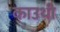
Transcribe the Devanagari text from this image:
काउथी